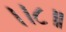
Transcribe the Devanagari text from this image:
।।८॥